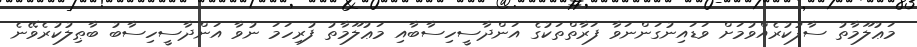
މަޢުލޫމާތު ސާފުކުރެއްވުމަށް ވަޑައިނުގަންނަވާ ފަރާތްތަކުގެ އަންދާސީހިސާބާއި މަޢުލޫމާތު ފުރިހަމަ ނުވާ އަންދާސީހިސާބު ބާޠިލުކުރެވޭނެ